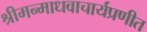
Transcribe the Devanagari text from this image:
श्रीमन्माधवाचार्यप्रणीत